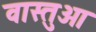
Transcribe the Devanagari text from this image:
वास्तुओ